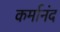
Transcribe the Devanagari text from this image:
कर्मानंद